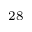
^ { 2 8 }